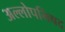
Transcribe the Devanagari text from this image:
अल्लोपनिषद